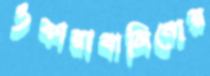
ওকারাবালিনোর